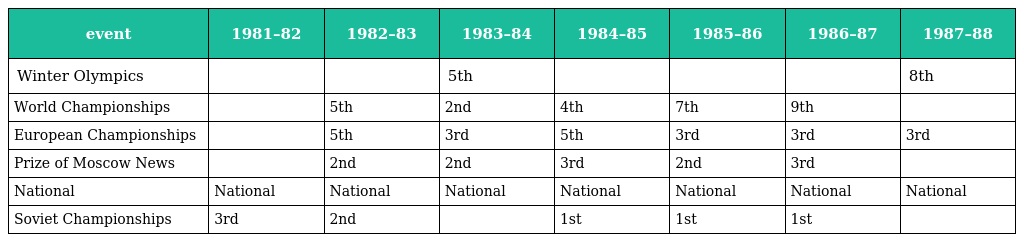
| event | 1981–82 | 1982–83 | 1983–84 | 1984–85 | 1985–86 | 1986–87 | 1987–88 |
 | --- | --- | --- | --- | --- | --- | --- | --- |
 | Winter Olympics |  |  | 5th |  |  |  | 8th |
 | World Championships |  | 5th | 2nd | 4th | 7th | 9th |  |
 | European Championships |  | 5th | 3rd | 5th | 3rd | 3rd | 3rd |
 | Prize of Moscow News |  | 2nd | 2nd | 3rd | 2nd | 3rd |  |
 | National | National | National | National | National | National | National | National |
 | Soviet Championships | 3rd | 2nd |  | 1st | 1st | 1st |  |